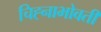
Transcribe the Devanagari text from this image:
चिह्नाभोवती